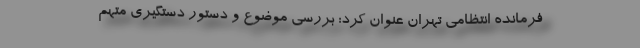
فرمانده انتظامی تهران عنوان کرد: بررسی موضوع و دستور دستگیری متهم